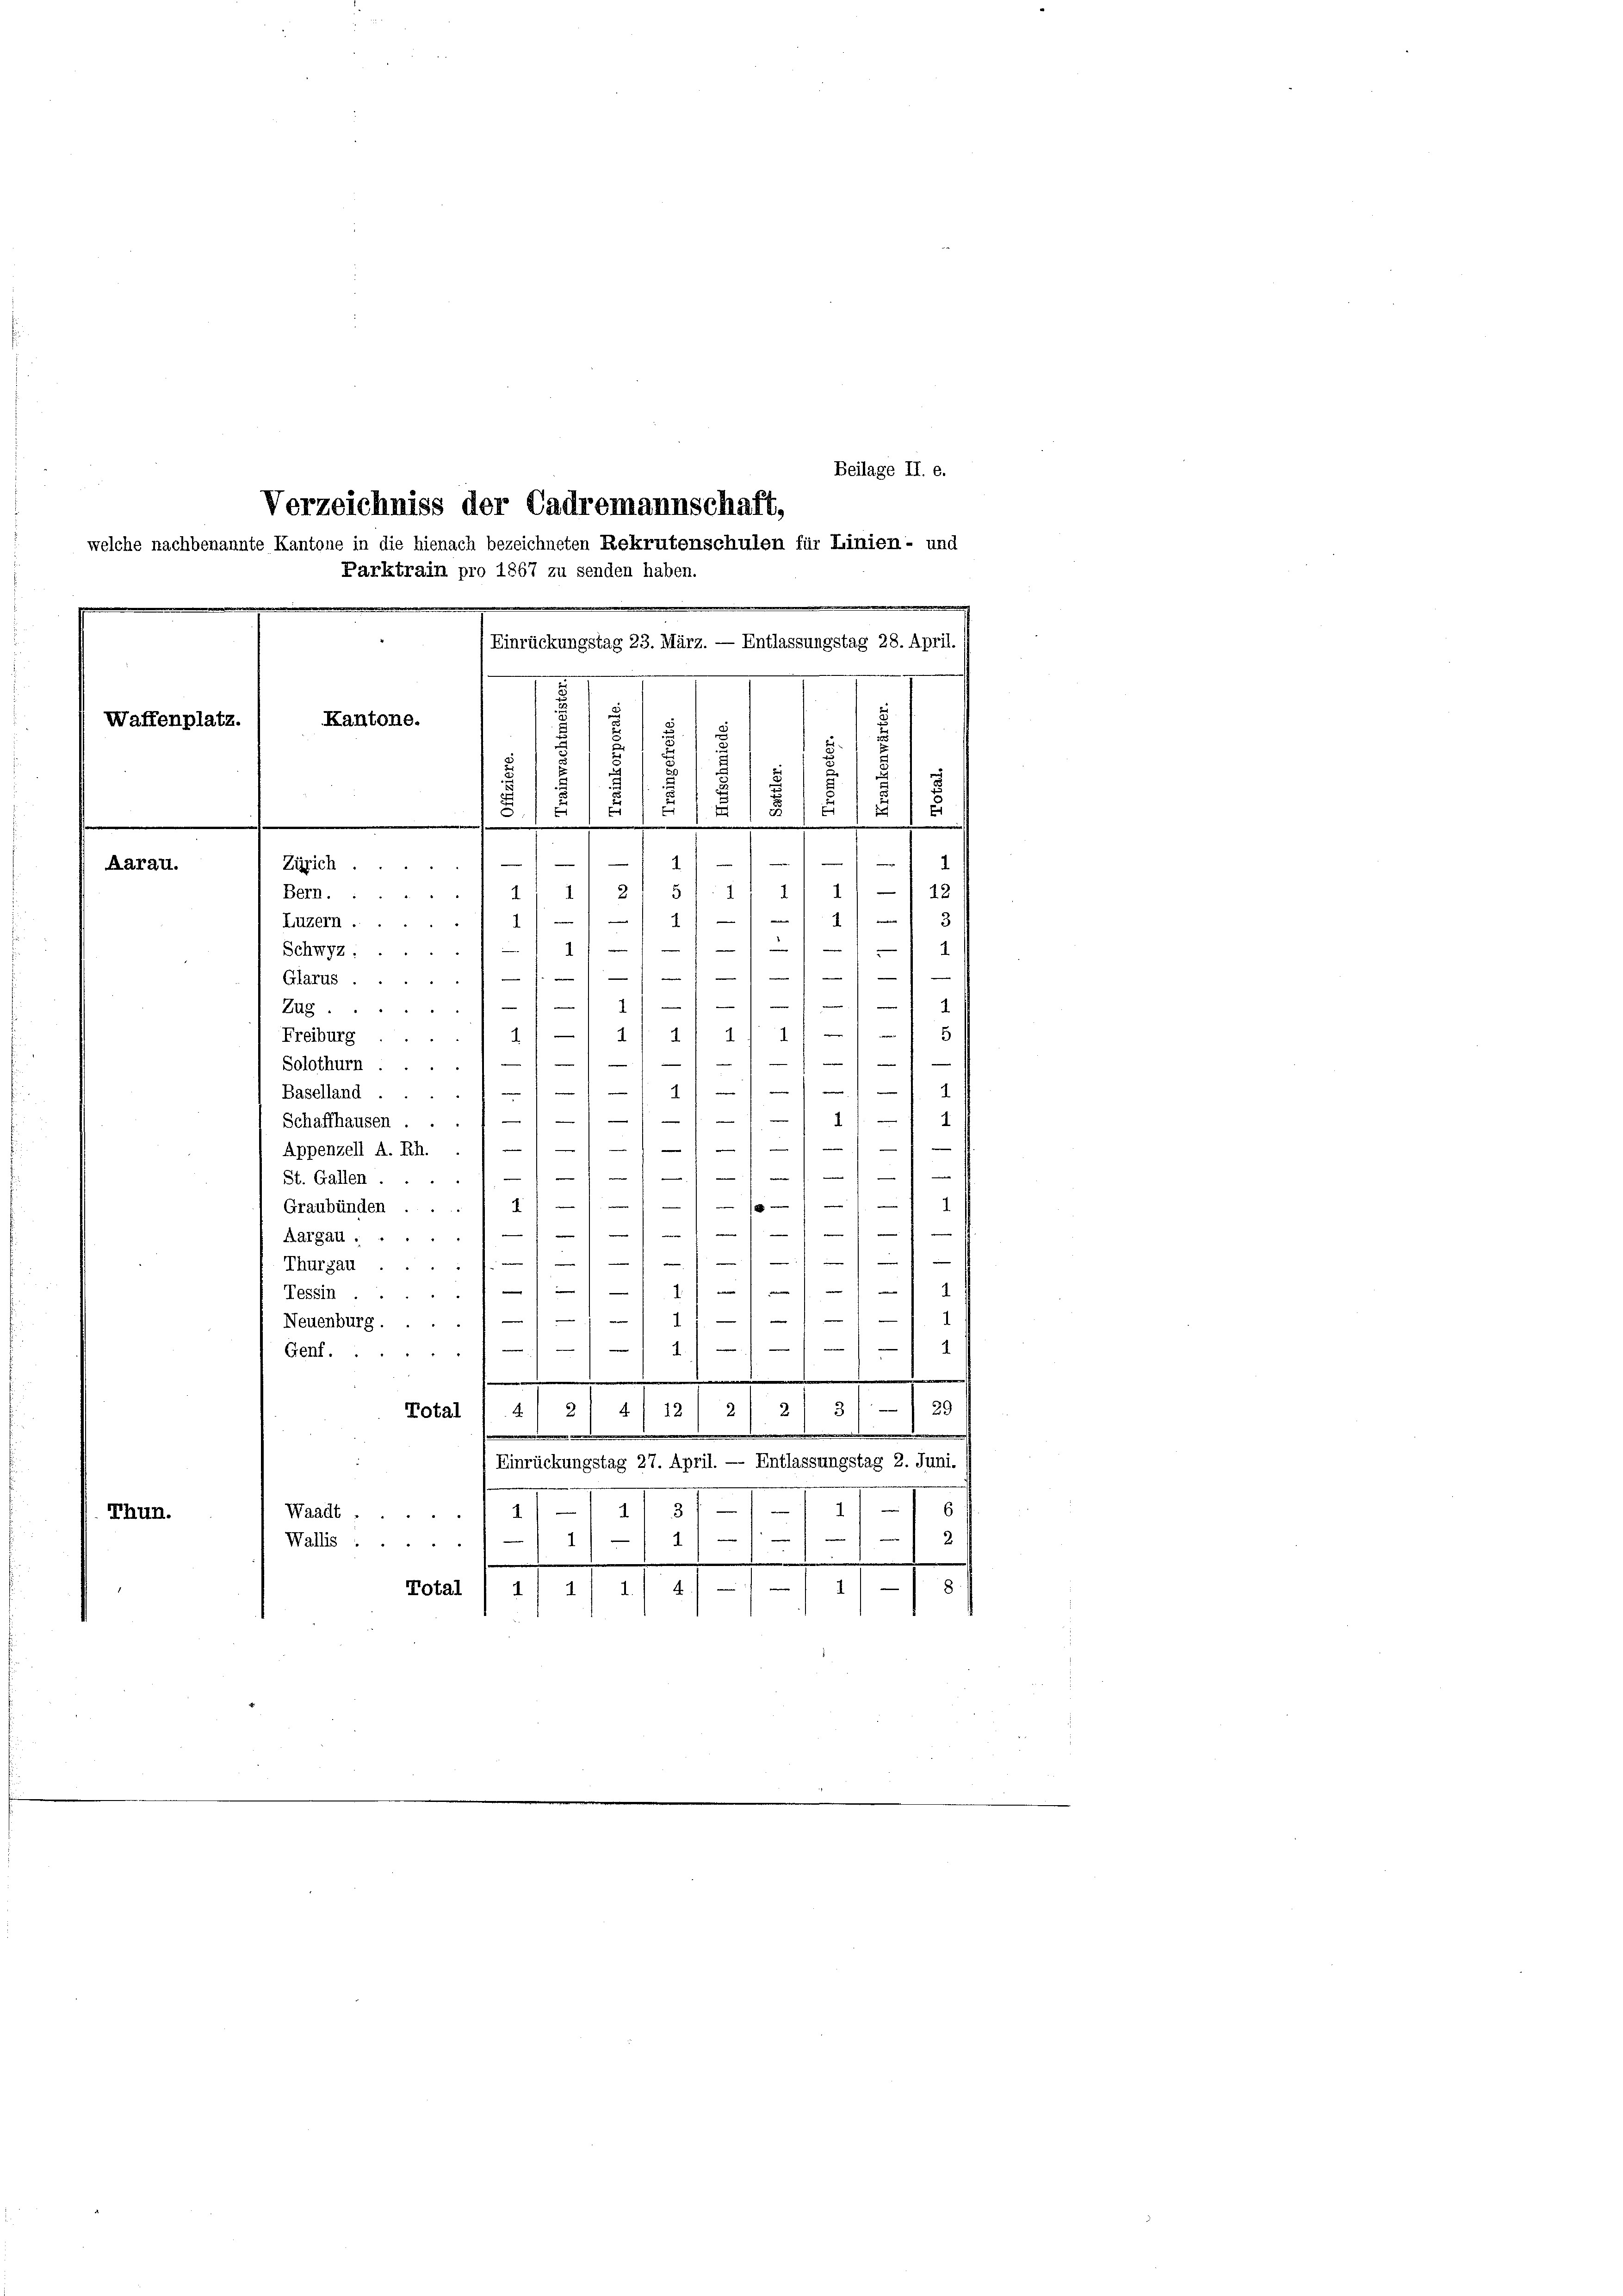
Beilage II. e.

Parktrain pro 1867 zu senden haben.
e
.
(Einrückungstag 23. März. — Entlassungstag 28. April.
.

Verzeichniss der Cadremannschaft,
welche nachbenannte Kantone in die hienach bezeichneten Rekrutenschulen für Linien- und

Aarau.
Zürich
1) — 1 12
21 51
Bern.....
1
.
e
3
n
4
2
Luzern
—
.
1
—
1.
1
Schwyz:

—
e
—
Glarus .
n

Zug.
.
.
5
1
1) 1
4
Freiburg

)

e
Solothurn .....1
e
1
Baselland .....
.
"
|
Schaffhausen ...

—
.
Appenzell A. Rh.
n
—
St. Gallen.1//////
—
1
10 x
Graubünden ... 11
e
Aargau.////-11
e
e
1
—
Thurgau
.
e
e

d
Tessin ....
—
d
Neuenburg ....
—
1
e
4.
e
Genf.
f
.
41 21 4) 12) 2) 2 3). — 1 29
Total
.
.
Einrückungstag 27. April. — Entlassungstag 2. Juni.
I St-I—III 15
Waadt.
Thun.

e
2
Wallis ....
11/1
e
.
Total
s
111 4./
1

Kantone.
Waffenplatz.
5.
u
5.)
8
s
s
.
8
.
3.
5
.

.

—
1
14
4